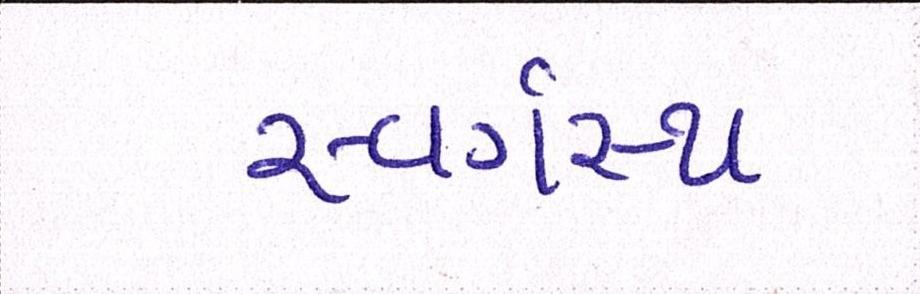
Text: સ્વર્ગસ્થ